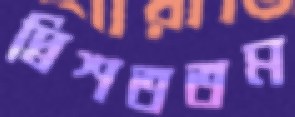
দ্বিশততম